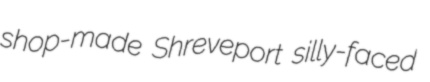
shop-made Shreveport silly-faced